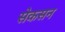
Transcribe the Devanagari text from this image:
सेकसन